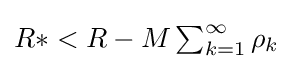
{\textstyle R*<R-M\sum _{k=1}^{\infty }\rho _{k}}